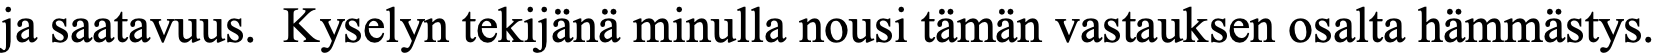
ja saatavuus. Kyselyn tekijänä minulla nousi tämän vastauksen osalta hämmästys.